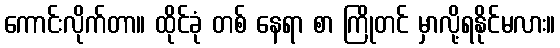
ကောင်းလိုက်တာ။ ထိုင်ခုံ တစ် နေရာ စာ ကြိုတင် မှာလို့ရနိုင်မလား။